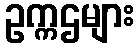
ဥက္ကဌများ